Lunatic asylums United Provinces 1909-1921 - 1909-1921
Year: 1909
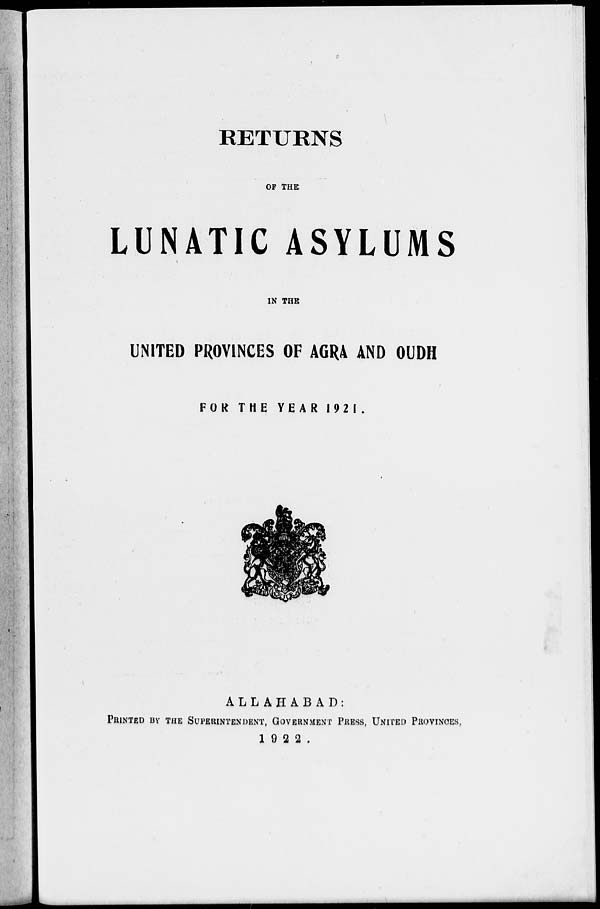
RETURNS
OF THE
LUNATIC ASYLUMS
IN THE
UNITED PROVINCES OF AGRA AND OUDH
FOR THE YEAR 1921.
ALLAHABAD:
PRINTED BY THE SUPERINTENDENT, GOVERNMENT PRESS, UNITED PROVINCES,
1922.